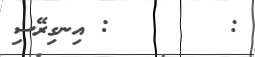
:        : އިނގިރޭސި